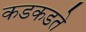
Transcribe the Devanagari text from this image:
कडकडते